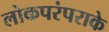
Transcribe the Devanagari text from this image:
लोकपरंपराके